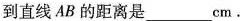
到直线AB的距离是___cm。